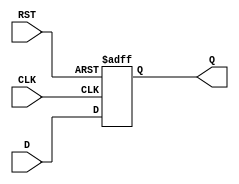
module input_register (
    input wire D,        // Data input
    input wire CLK,      // Clock input
    input wire RST,      // Asynchronous reset (optional)
    output reg Q         // Output register
);

// Asynchronous reset behavior
always @ (posedge CLK or posedge RST) begin
    if (RST) begin
        Q <= 1'b0;      // Reset the output to 0 when RST is high
    end else begin
        Q <= D;         // Sample the input data on the rising edge of CLK
    end
end

endmodule